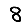
Digit: 8